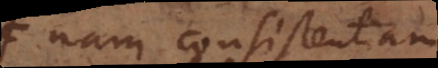
et nam consistentiam